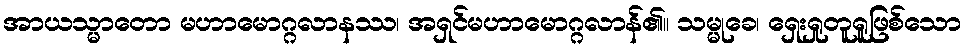
အာယသ္မာတော မဟာမောဂ္ဂလာနဿ၊ အရှင်မဟာမောဂ္ဂလာန်၏။ သမ္မုခေ၊ ရှေးရှုတူရူဖြစ်သော